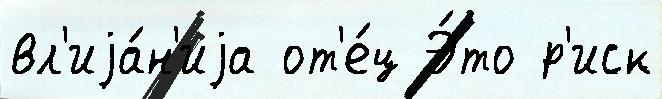
вл'иjа́н'иjа от'е́ц Э́то р'иск